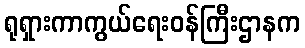
ရုရှားကာကွယ်ရေးဝန်ကြီးဌာနက